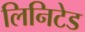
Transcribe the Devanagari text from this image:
लिनिटेड